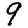
Digit: 9